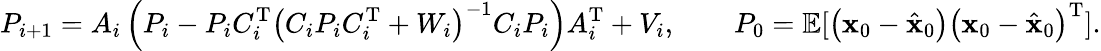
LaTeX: P_{i+1}=A_{i}\left(P_{i}-P_{i}C_{i}^{\mathrm{T}}\left(C_{i}P_{i}C_{i}^{\mathrm{T}}+W_{i}\right)^{-1}C_{i}P_{i}\right)A_{i}^{\mathrm{T}}+V_{i},\qquad P_{0}=\mathbb{E}[\left({\mathbf{x}}_{0}-{\hat{\mathbf{x}}}_{0}\right)\left({\mathbf{x}}_{0}-{\hat{\mathbf{x}}}_{0}\right)^{\mathrm{T}}].